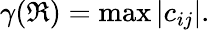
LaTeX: \gamma(\mathfrak{R})=\operatorname*{max}\left|c_{ij}\right|.